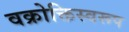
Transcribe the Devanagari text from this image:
वक्रोक्तिस्वरूप